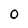
Character: O